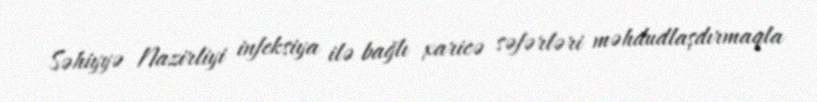
Səhiyyə Nazirliyi infeksiya ilə bağlı xaricə səfərləri məhdudlaşdırmaqla